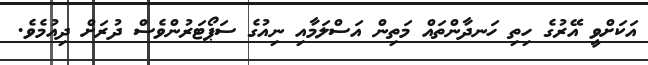
އަކަށްވީ އޭރުގެ ހިތި ހަނދާންތައް މަތިން އަސްލަމާއި ނިއުގެ ސަޕޯޓަރުންވެސް ދުރަށް ދިއުމެވެ.